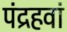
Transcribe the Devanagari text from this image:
पंद्रहवां